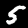
Digit: 5